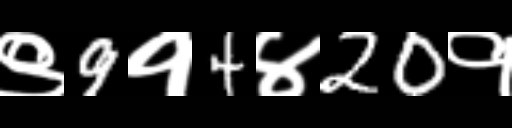
Text: ९9१4४20१